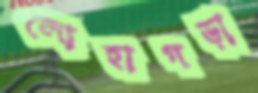
লোহাগড়া